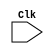
module MA_WB (
              input Clk
              );
              
wire Clk;
reg [31:0] Instruction,pc_current,BranchTarget,AluResult1,LdResult;
reg IsSt, IsLd, IsBeq, IsBgt, IsRet, IsImmediate, IsWb, IsUBranch, IsCall;
reg [4:0] AluSignal;
reg [3:0] Rd;

                   always @(negedge Clk)
                   begin
                   # 9.99
                   AluResult1     <= P.PR3.AluResult1;
                   Instruction   <= P.PR3.Instruction;
                   pc_current    <= P.PR3.pc_current;
                   BranchTarget  <= P.PR3.BranchTarget;
                   IsSt          <= P.PR3.IsSt;
                   IsLd          <= P.PR3.IsLd;
                   IsBeq         <= P.PR3.IsBeq;
                   IsBgt         <= P.PR3.IsBgt;
                   IsRet         <= P.PR3.IsRet;
                   IsImmediate   <= P.PR3.IsImmediate;
                   IsWb          <= P.PR3.IsWb;
                   IsUBranch     <= P.PR3.IsUBranch;
                   IsCall        <= P.PR3.IsCall;
                   AluSignal     <= P.PR3.AluSignal;
                   Rd            <= P.PR3.Instruction[25:22];
                   LdResult       = P.LdResult;
                   end
                   
                   endmodule